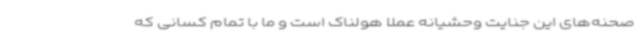
صحنه‌های این جنایت وحشیانه عملا هولناک است و ما با تمام کسانی که